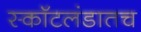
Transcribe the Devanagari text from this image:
स्कॉटलंडातच